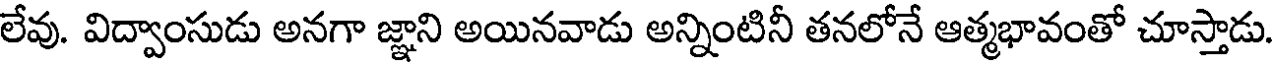
లేవు. విద్వాంసుడు అనగా జ్ఞాని అయినవాడు అన్నింటినీ తనలోనే ఆత్మభావంతో చూస్తాడు